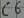
Text: C6